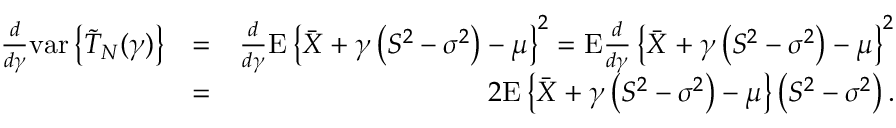
\begin{array} { r l r } { \frac { d } { d \gamma } \mathrm { v a r } \left\{ \tilde { T } _ { N } ( \gamma ) \right\} } & { = } & { \frac { d } { d \gamma } \mathrm { E } \left\{ \bar { X } + \gamma \left( S ^ { 2 } - \sigma ^ { 2 } \right) - \mu \right\} ^ { 2 } = \mathrm { E } \frac { d } { d \gamma } \left\{ \bar { X } + \gamma \left( S ^ { 2 } - \sigma ^ { 2 } \right) - \mu \right\} ^ { 2 } } \\ & { = } & { 2 \mathrm { E } \left\{ \bar { X } + \gamma \left( S ^ { 2 } - \sigma ^ { 2 } \right) - \mu \right\} \left( S ^ { 2 } - \sigma ^ { 2 } \right) . } \end{array}